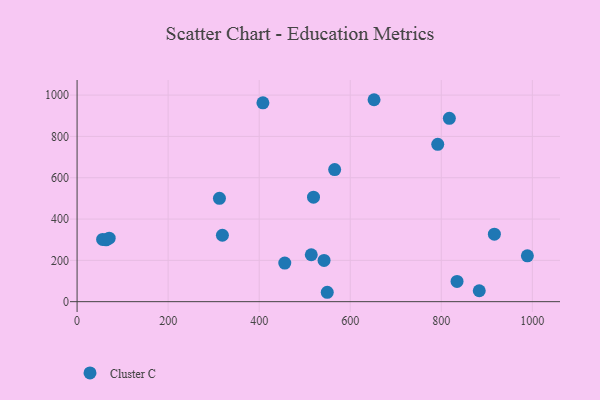
{"axis": {"x": "Speed", "y": "Exam Score"}, "legend": ["Cluster C"], "data": [{"x": "565.8", "y": 639.6, "type": "Cluster C"}, {"x": "63.8", "y": 299.6, "type": "Cluster C"}, {"x": "542.5", "y": 199.5, "type": "Cluster C"}, {"x": "989.1", "y": 221.8, "type": "Cluster C"}, {"x": "56.1", "y": 301.3, "type": "Cluster C"}, {"x": "792.2", "y": 761.9, "type": "Cluster C"}, {"x": "514.4", "y": 227.2, "type": "Cluster C"}, {"x": "312.7", "y": 500.4, "type": "Cluster C"}, {"x": "652.3", "y": 977.6, "type": "Cluster C"}, {"x": "916.6", "y": 326.6, "type": "Cluster C"}, {"x": "817.7", "y": 887.5, "type": "Cluster C"}, {"x": "70.5", "y": 307.4, "type": "Cluster C"}, {"x": "408.2", "y": 962.8, "type": "Cluster C"}, {"x": "319.2", "y": 321.6, "type": "Cluster C"}, {"x": "549.5", "y": 45.5, "type": "Cluster C"}, {"x": "883.4", "y": 52.9, "type": "Cluster C"}, {"x": "834.6", "y": 98.0, "type": "Cluster C"}, {"x": "456.2", "y": 186.7, "type": "Cluster C"}, {"x": "519.3", "y": 505.8, "type": "Cluster C"}]}